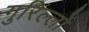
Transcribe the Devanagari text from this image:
गुरिल्लों